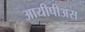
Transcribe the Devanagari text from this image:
आयीपीअस